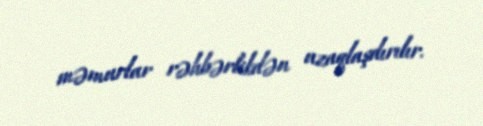
məmurlar rəhbərlikdən uzaqlaşdırılır.